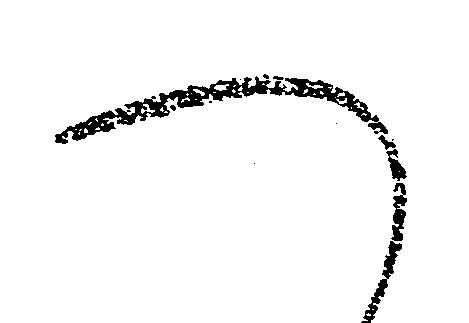
へ